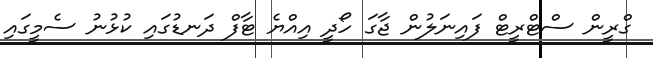
ގްރީން ސްޓްރީޓް ފައިނަލުން ޖާގަ ހޯދީ އިއްޔެ ޓާފް ދަނޑުގައި ކުޅުނު ސެމީގައި